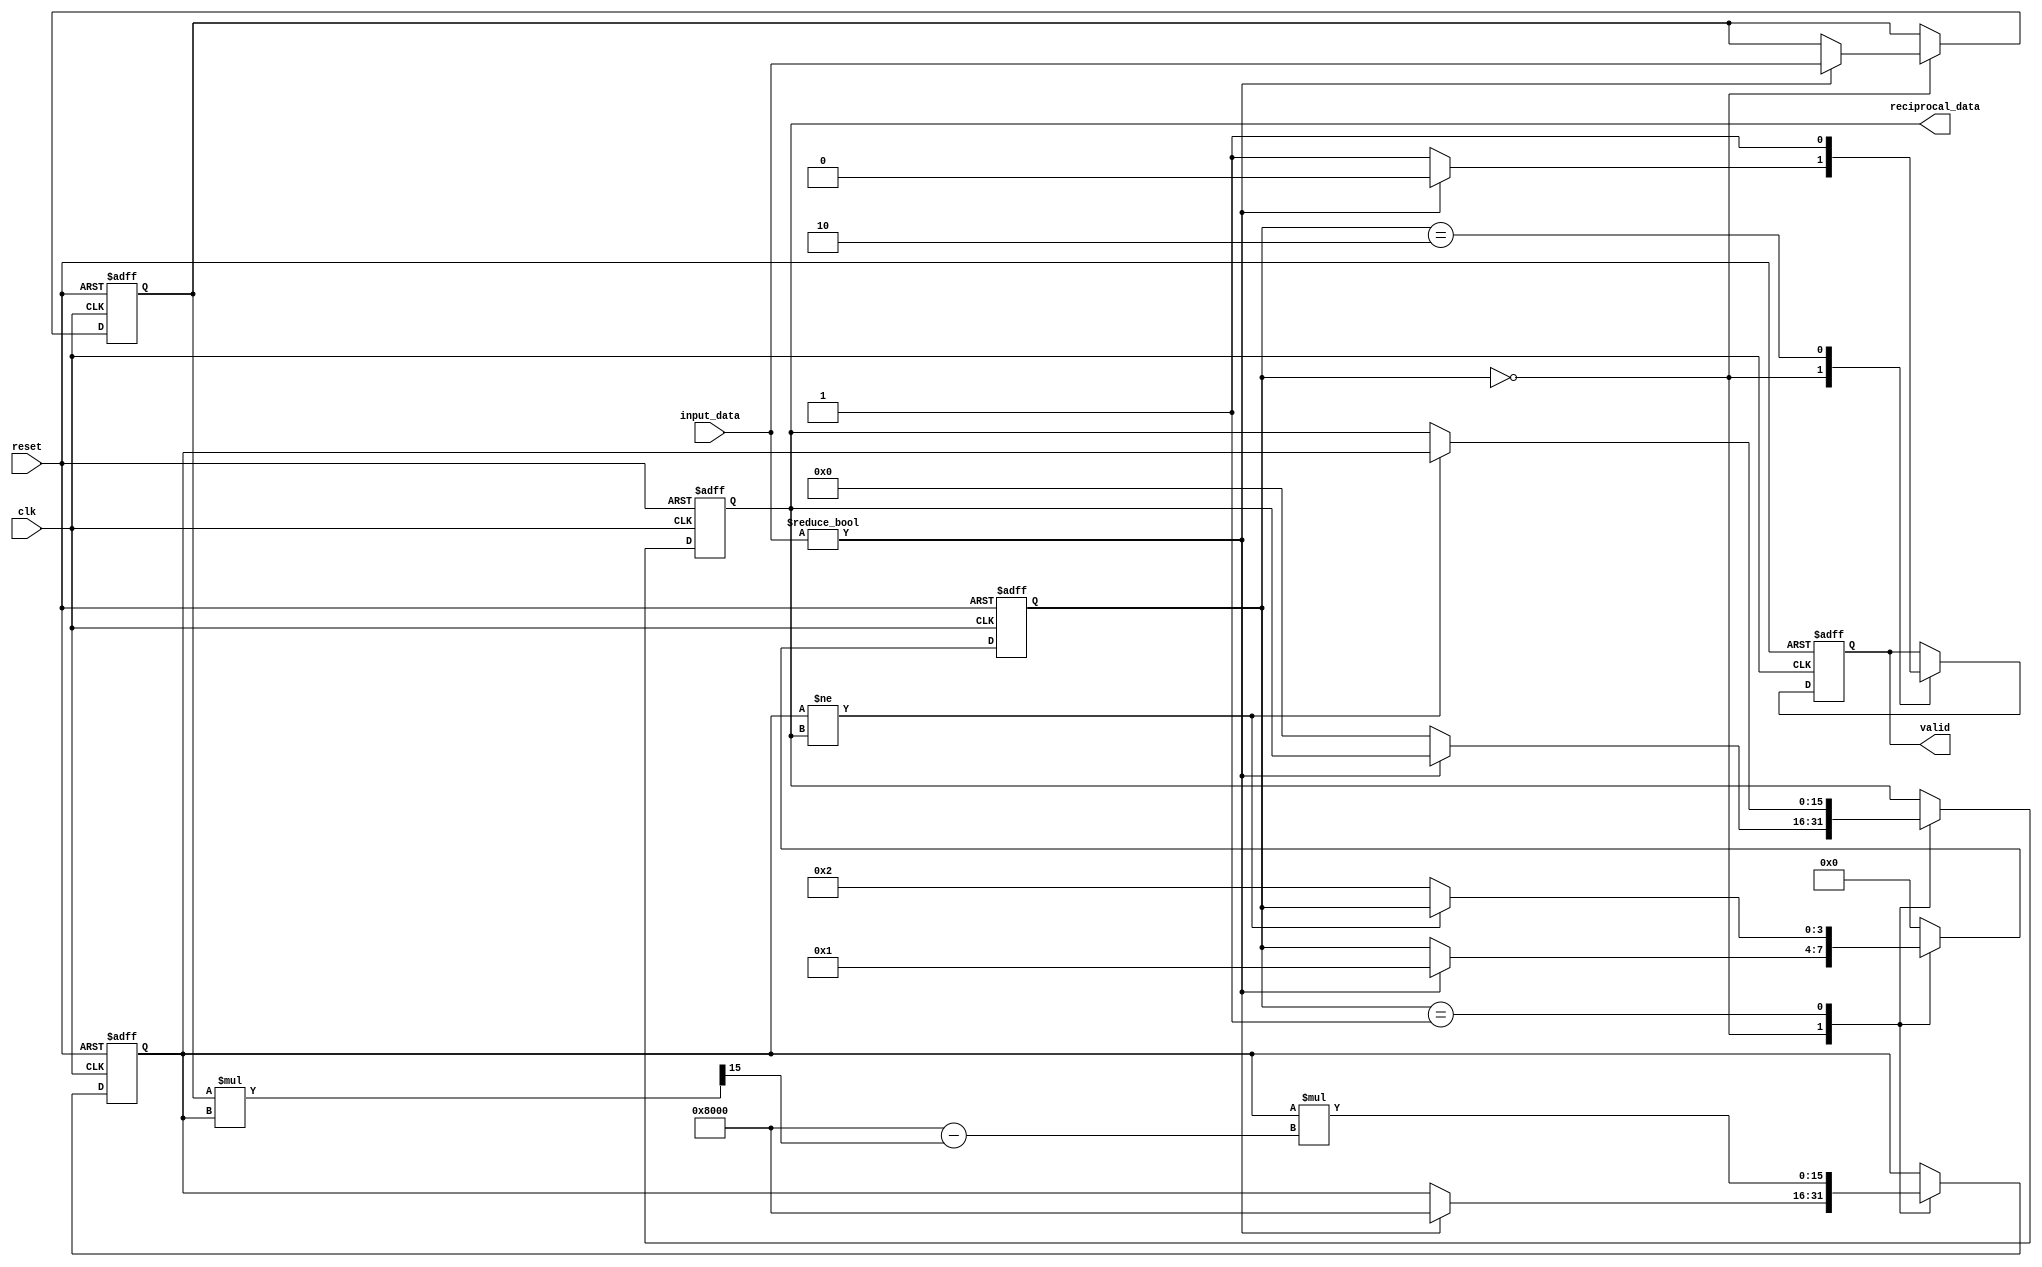
module FixedPointReciprocal (
    input wire [15:0] input_data,  // Fixed-point input (Q1.15 format)
    input wire clk,
    input wire reset,
    output reg [15:0] reciprocal_data, // Fixed-point reciprocal output (Q1.15 format)
    output reg valid // Output valid signal
);

    reg [15:0] approx; // Approximation of the reciprocal
    reg [3:0] state;   // State variable for FSM
    reg [15:0] input_reg; // Register to hold input data
    reg start; // Start signal for computation

    // State encoding
    localparam IDLE = 4'b0000,
               COMPUTE = 4'b0001,
               DONE = 4'b0010;

    // Initial approximation for Newton-Raphson
    localparam INITIAL_APPROX = 16'h8000; // 0.5 in Q1.15 format

    // Main FSM
    always @(posedge clk or posedge reset) begin
        if (reset) begin
            state <= IDLE;
            reciprocal_data <= 16'b0;
            valid <= 1'b0;
            input_reg <= 16'b0;
            approx <= INITIAL_APPROX;
        end else begin
            case (state)
                IDLE: begin
                    if (input_data != 16'b0) begin
                        input_reg <= input_data;
                        approx <= INITIAL_APPROX; // Reset approximation
                        state <= COMPUTE;
                        valid <= 1'b0; // Reset valid signal
                    end else begin
                        reciprocal_data <= 16'b0; // Handle division by zero
                        valid <= 1'b1; // Output valid for zero case
                    end
                end

                COMPUTE: begin
                    // Newton-Raphson iteration: approx = approx * (2 - input * approx)
                    approx <= approx * (16'h8000 - (input_reg * approx >> 15)); // Q1.15 format
                    // Check for convergence (simple iteration limit)
                    if (approx != reciprocal_data) begin
                        reciprocal_data <= approx; // Update reciprocal data
                    end else begin
                        state <= DONE; // Move to done state
                    end
                end

                DONE: begin
                    valid <= 1'b1; // Set valid signal
                    state <= IDLE; // Go back to idle state
                end

                default: state <= IDLE; // Default case
            endcase
        end
    end

endmodule